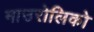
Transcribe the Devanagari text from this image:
माउरोलिको